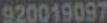
920019097